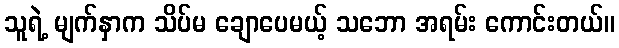
သူရဲ့ မျက်နှာက သိပ်မ ချောပေမယ့် သဘော အရမ်း ကောင်းတယ်။